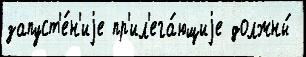
запуст'е́н'иjе пр'ил'ега́ющиjе должны́